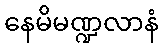
နေမိမဏ္ဍလာနံ